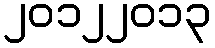
၂၀၁၂၂၀၁၃